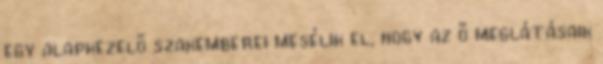
egy alapkezelő szakemberei mesélik el, hogy az ő meglátásaik